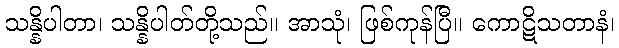
သန္နိပါတာ၊ သန္နိပါတ်တို့သည်။ အာသုံ၊ ဖြစ်ကုန်ပြီ။ ကောဋိသတာနံ၊